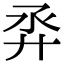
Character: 𢌼